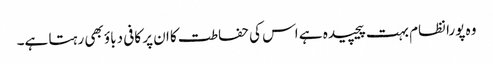
وہ پورا نظام بہت پیچیدہ ہے اس کی حفاطت کا ان پر کافی دباؤ بھی رہتا ہے۔